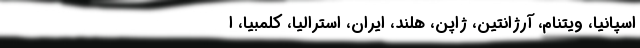
اسپانیا، ویتنام، آرژانتین، ژاپن، هلند، ایران، استرالیا، کلمبیا، ا